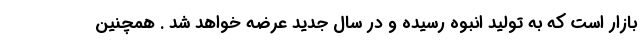
بازار است که به تولید انبوه رسیده و در سال جدید عرضه خواهد شد . همچنین